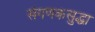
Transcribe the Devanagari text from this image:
संगणकसुद्धा